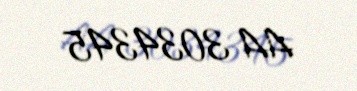
AA 3034345